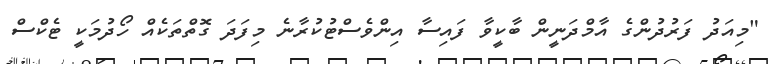
"މިއަދު ފަރުދުންގެ އާމްދަނީން ބާކީވާ ފައިސާ އިންވެސްޓުކުރާނެ މިފަދަ ގޮތްތަކެއް ހޯދުމަކީ ޓެކްސް